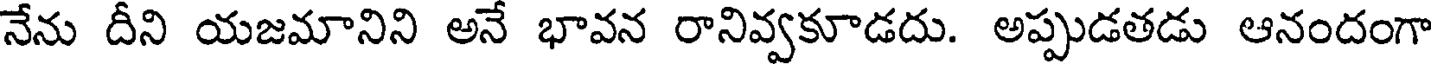
నేను దీని యజమానిని అనే భావన రానివ్వకూడదు. అప్పుడతడు ఆనందంగా